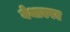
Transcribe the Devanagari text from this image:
गेथास्पर